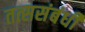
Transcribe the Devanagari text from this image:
तत्ससंबंधी